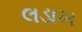
લડાખ